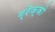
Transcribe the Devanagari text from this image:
ग्रेक्को